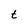
Character: t